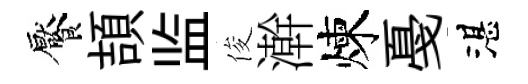
饜頡监俊澣煉戞湛